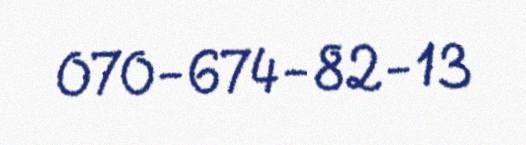
070-674-82-13